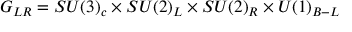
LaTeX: G _ { L R } = S U ( 3 ) _ { c } \times S U ( 2 ) _ { L } \times S U ( 2 ) _ { R } \times U ( 1 ) _ { B - L }